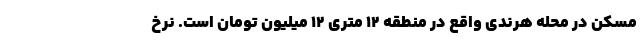
مسکن در محله هرندی واقع در منطقه ۱۲ متری ۱۲ میلیون تومان است. نرخ